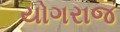
યોગરાજ